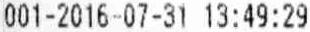
001-2016-07-31 13:49:29